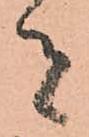
者